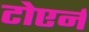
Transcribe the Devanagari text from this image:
टोएर्न